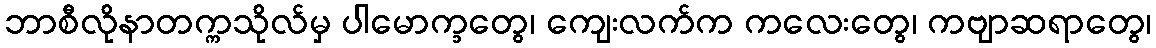
ဘာစီလိုနာတက္ကသိုလ်မှ ပါမောက္ခတွေ၊ ကျေးလက်က ကလေးတွေ၊ ကဗျာဆရာတွေ၊